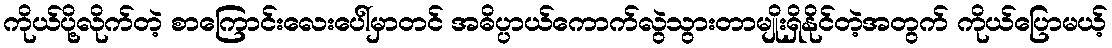
ကိုယ်ပို့လိုက်တဲ့ စာကြောင်းလေးပေါ်မှာတင် အဓိပ္ပာယ်ကောက်လွဲသွားတာမျိုးရှိနိုင်တဲ့အတွက် ကိုယ်ပြောမယ့်